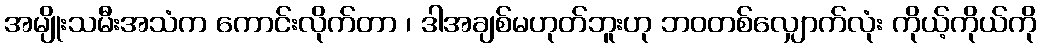
အမျိုးသမီးအသံက ကောင်းလိုက်တာ ၊ ဒါအချစ်မဟုတ်ဘူးဟု ဘဝတစ်လျှောက်လုံး ကိုယ့်ကိုယ်ကို